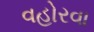
વહોરવા